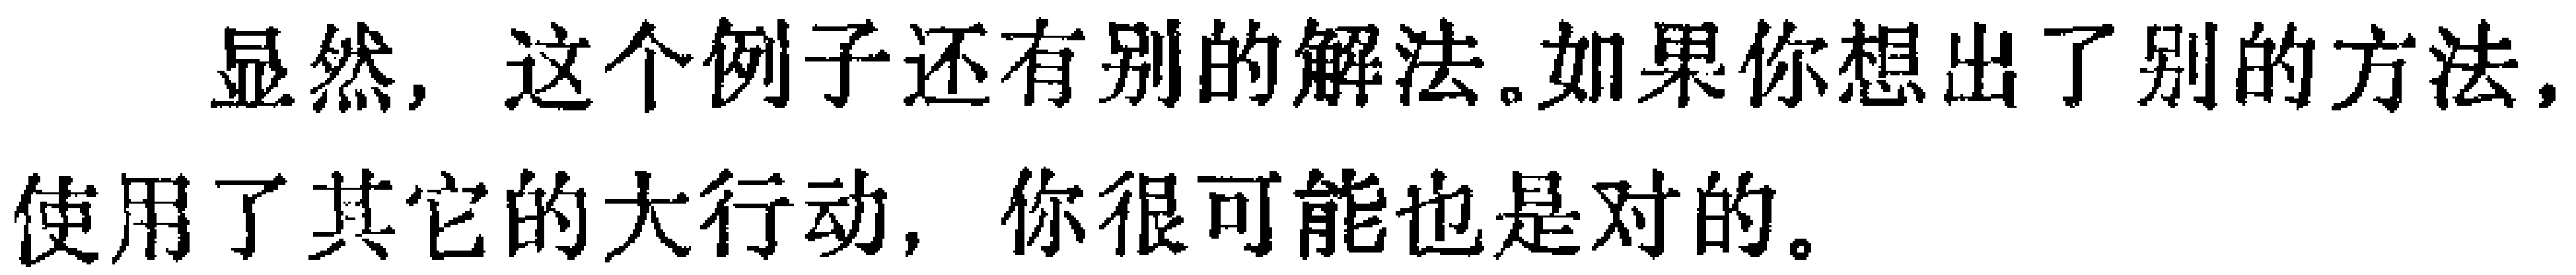
显然，这个例子还有别的解法。如果你想出了别的方法，使用了其它的大行动，你很可能也是对的。